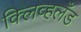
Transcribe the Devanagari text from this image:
क्लिव्हलँड